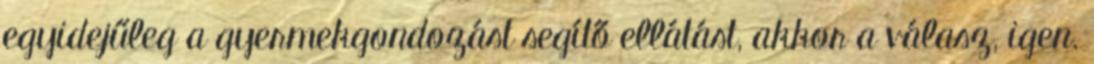
egyidejűleg a gyermekgondozást segítő ellátást, akkor a válasz, igen.